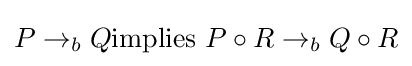
P\rightarrow _{b}Q{\mbox{implies }}P\circ R\rightarrow _{b}Q\circ R